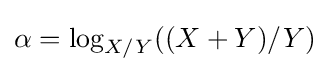
\alpha =\log _{X/Y}((X+Y)/Y)